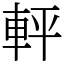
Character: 軯